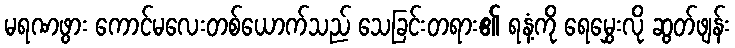
မရဏဖွား ကောင်မလေးတစ်ယောက်သည် သေခြင်းတရား၏ ရနံ့ကို ရေမွှေးလို ဆွတ်ဖျန်း